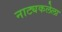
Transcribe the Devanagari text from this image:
नाट्यकलेला